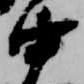
中